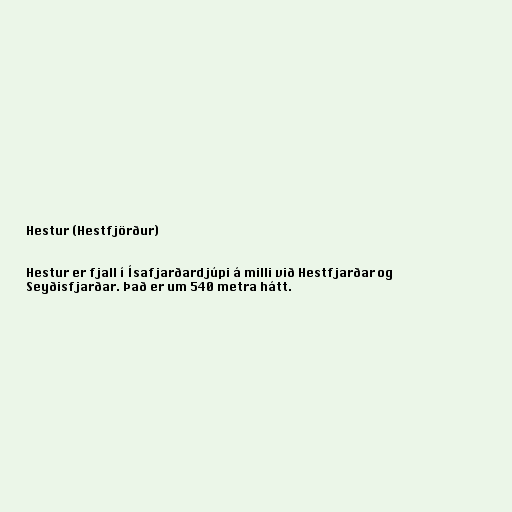
Hestur (Hestfjörður)

Hestur er fjall í Ísafjarðardjúpi á milli við Hestfjarðar og
Seyðisfjarðar. Það er um 540 metra hátt.